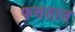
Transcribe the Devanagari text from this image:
फसतात